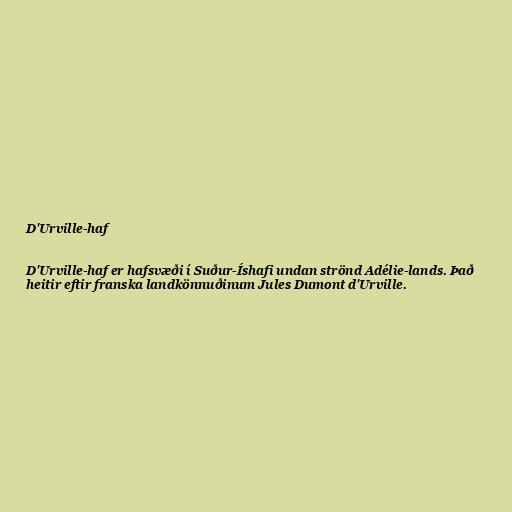
D'Urville-haf

D'Urville-haf er hafsvæði í Suður-Íshafi undan strönd Adélie-lands. Það
heitir eftir franska landkönnuðinum Jules Dumont d'Urville.